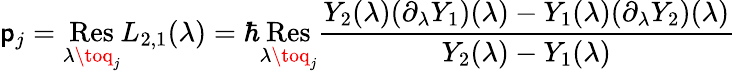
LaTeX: \mathsf{p}_{j}=\mathop{\, \mathrm{{Res\, }}}_{\lambda\toq_{j}}L_{2,1}(\lambda)=\hbar\mathop{\, \mathrm{{Res\, }}}_{\lambda\toq_{j}}\frac{{Y_{2}(\lambda)(\partial_{\lambda}Y_{1})(\lambda)-Y_{1}(\lambda)(\partial_{\lambda}Y_{2})(\lambda)}}{{Y_{2}(\lambda)-Y_{1}(\lambda)}}